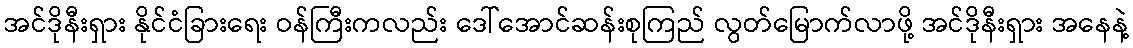
အင်ဒိုနီးရှား နိုင်ငံခြားရေး ဝန်ကြီးကလည်း ဒေါ်အောင်ဆန်းစုကြည် လွတ်မြောက်လာဖို့ အင်ဒိုနီးရှား အနေနဲ့